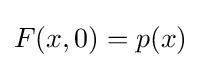
F(x,0)=p(x)